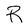
Character: R